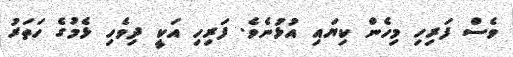
ވެސް ފަރިހި މިހެން ކިޔައި އުޅުނެވެ. ފަރިހި އަކީ ދިވެހި ޅެމުގެ ހަތަރު